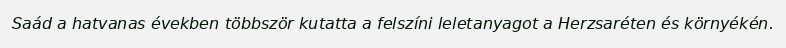
Saád a hatvanas években többször kutatta a felszíni leletanyagot a Herzsaréten és környékén.